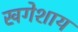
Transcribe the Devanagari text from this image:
खगेशाय